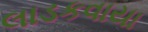
લાડકવાયા